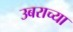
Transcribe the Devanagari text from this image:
उबराच्या